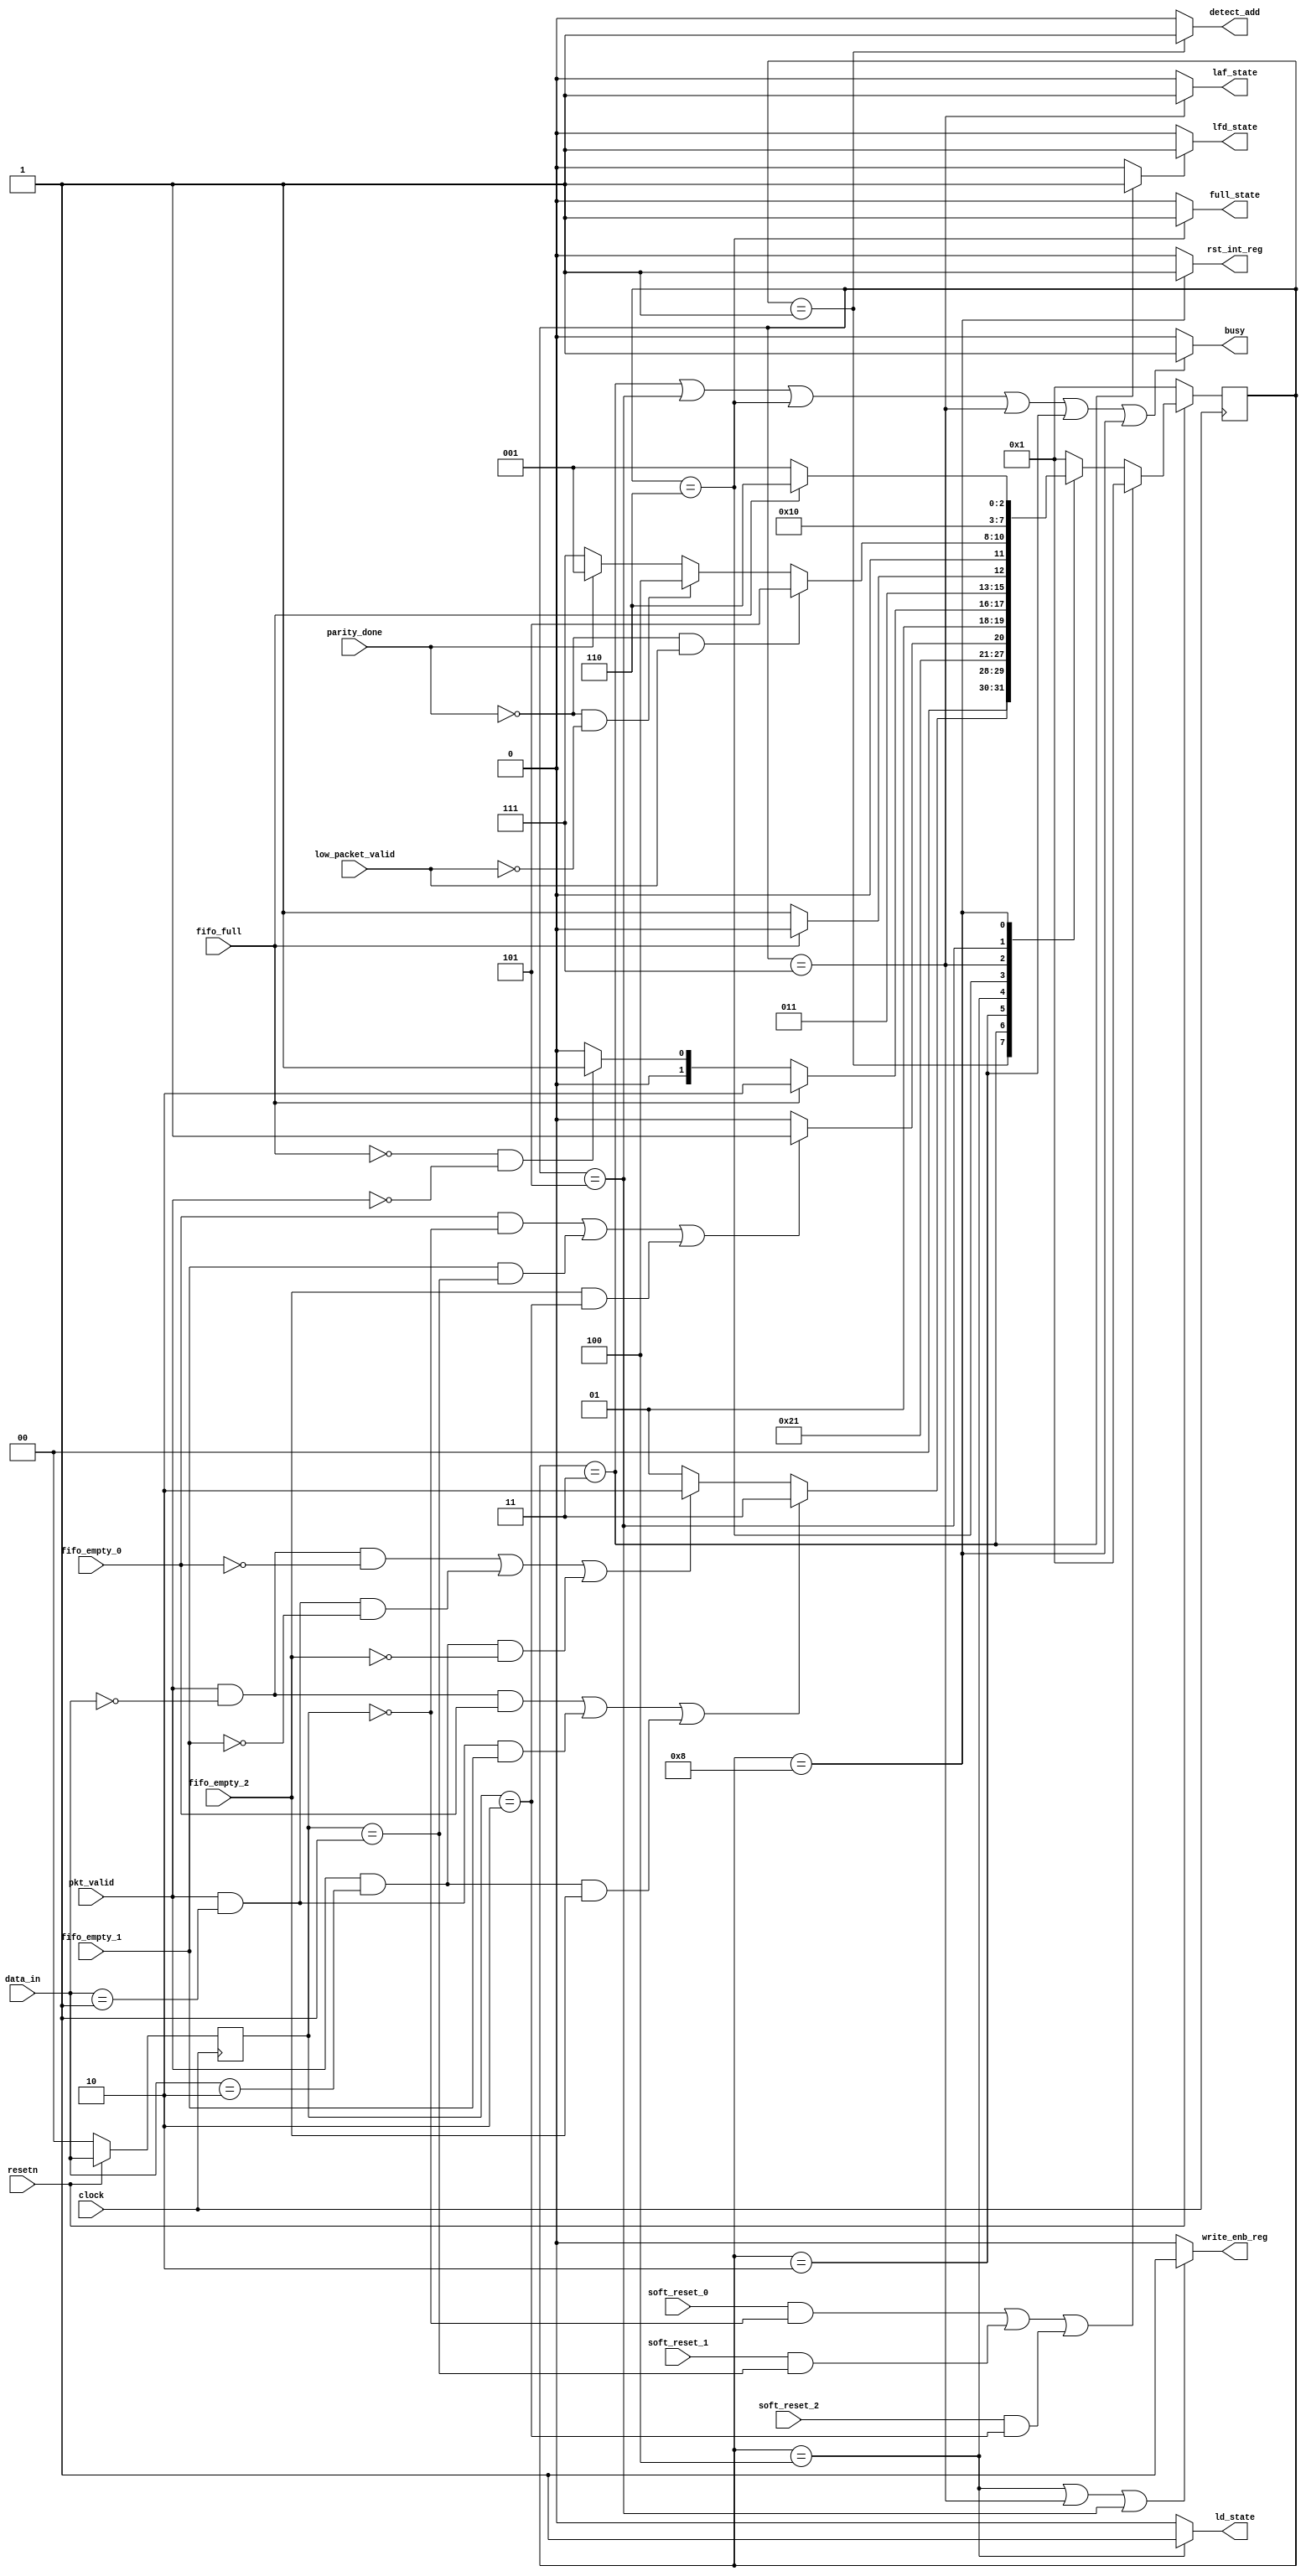
module router_fsm(input clock,resetn,pkt_valid,
				  input [1:0] data_in,
				  input fifo_full,fifo_empty_0,fifo_empty_1,fifo_empty_2,soft_reset_0,soft_reset_1,soft_reset_2,parity_done, low_packet_valid, 
				  output write_enb_reg,detect_add,ld_state,laf_state,lfd_state,full_state,rst_int_reg,busy);
				  
 parameter  DECODE_ADDRESS		=	4'b0001,
			WAIT_TILL_EMPTY		=	4'b0010,
			LOAD_FIRST_DATA		=	4'b0011,
			LOAD_DATA			=	4'b0100,
			LOAD_PARITY			=	4'b0101,
			FIFO_FULL_STATE		=	4'b0110,
			LOAD_AFTER_FULL		=	4'b0111,
			CHECK_PARITY_ERROR	=	4'b1000;
			
reg [3:0] present_state, next_state;
reg [1:0] temp;
wire temp_lfd_state;
//temp logic
always@(posedge clock)
	begin
		if(~resetn)
			temp<=2'b0;
		else if(detect_add != 2'b11)          // decides the address of out channel 
		 	temp<=data_in;
	end
// reset logic for states
always@(posedge clock)
	begin
		if(!resetn)
				present_state<=DECODE_ADDRESS;  // hard reset
		else if (((soft_reset_0) && (temp==2'b00)) || ((soft_reset_1) && (temp==2'b01)) || ((soft_reset_2) && (temp==2'b10)))		//if there is soft_reset and also using same channel so we do here and opertion
				 
				present_state<=DECODE_ADDRESS;

		else
				present_state<=next_state;
			
	end
//state machine logic 

always@(*)
	begin
		case(present_state)
		DECODE_ADDRESS:   // decode address state 
		    begin
			    if((pkt_valid && (data_in==2'b00) && fifo_empty_0)|| (pkt_valid && (data_in==2'b01) && fifo_empty_1)|| (pkt_valid && (data_in==2'b10) && fifo_empty_2))

					next_state<=LOAD_FIRST_DATA;   //lfd_state

			    else if((pkt_valid && (data_in==2'b00) && !fifo_empty_0)||(pkt_valid && (data_in==2'b01) && !fifo_empty_1)||(pkt_valid && (data_in==2'b10) && !fifo_empty_2))
					next_state<=WAIT_TILL_EMPTY;  //wait till empty state
				
			    else 
				    next_state<=DECODE_ADDRESS;	   // same state
		    end

		LOAD_FIRST_DATA: 			// load first data state
		    begin	
			    next_state<=LOAD_DATA;
		    end

		WAIT_TILL_EMPTY:          //wait till empty state
		    begin
			    if((fifo_empty_0 && (temp==2'b00))||(fifo_empty_1 && (temp==2'b01))||(fifo_empty_2 && (temp==2'b10))) //fifo is empty and were using same fifo
					next_state<=LOAD_FIRST_DATA;
	
				else
					next_state<=WAIT_TILL_EMPTY;
			end

		LOAD_DATA:                        //load data
		    begin
			    if(fifo_full==1'b1) 
					next_state<=FIFO_FULL_STATE;
			    else 
					begin
						if (!fifo_full && !pkt_valid)
							next_state<=LOAD_PARITY;
						else
							next_state<=LOAD_DATA;
					end
		    end

		FIFO_FULL_STATE:			//fifo full state
			begin
				if(fifo_full==0)
					next_state<=LOAD_AFTER_FULL;
				else 
					next_state<=FIFO_FULL_STATE;
			end

		LOAD_AFTER_FULL:         	// load after full state
			begin
				if(!parity_done && low_packet_valid)
					next_state<=LOAD_PARITY;
				else if(!parity_done && !low_packet_valid)
					next_state<=LOAD_DATA;
	
				else 
					begin 
						if(parity_done==1'b1)
							next_state<=DECODE_ADDRESS;
						else
							next_state<=LOAD_AFTER_FULL;
					end
				
			end

		LOAD_PARITY:                 // load parity state
			begin
				next_state<=CHECK_PARITY_ERROR;
			end

		CHECK_PARITY_ERROR:			// check parity error
			begin
				if(!fifo_full)
					next_state<=DECODE_ADDRESS;
				else
					next_state<=FIFO_FULL_STATE;
			end

		default:					//default state
			next_state<=DECODE_ADDRESS; 

		endcase									// state machine completed
	end

// output logic

assign detect_add=((present_state==DECODE_ADDRESS))?1:0;
assign busy=((present_state==LOAD_FIRST_DATA)||(present_state==LOAD_PARITY)||(present_state==FIFO_FULL_STATE)||(present_state==LOAD_AFTER_FULL)||(present_state==WAIT_TILL_EMPTY)||(present_state==CHECK_PARITY_ERROR))?1:0;

assign lfd_state=(temp_lfd_state)?1:0;
assign temp_lfd_state=((present_state==LOAD_FIRST_DATA))?1:0;  //1 clock cycle delay

assign ld_state=((present_state==LOAD_DATA))?1:0;
assign write_enb_reg=((present_state==LOAD_DATA)||(present_state==LOAD_AFTER_FULL)||(present_state==LOAD_PARITY))?1:0;
assign full_state=((present_state==FIFO_FULL_STATE))?1:0;
assign laf_state=((present_state==LOAD_AFTER_FULL))?1:0;
assign rst_int_reg=((present_state==CHECK_PARITY_ERROR))?1:0;

endmodule